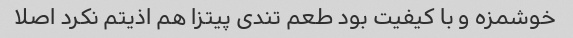
خوشمزه و با کیفیت بود طعم تندی پیتزا هم اذیتم نکرد اصلا